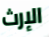
الإرث